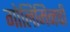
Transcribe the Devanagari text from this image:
गोलिमिनची